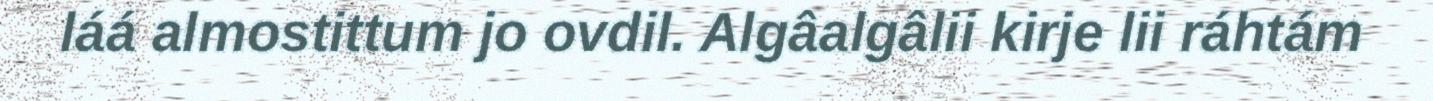
láá almostittum jo ovdil. Algâalgâlii kirje lii ráhtám